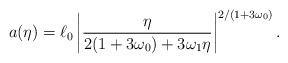
LaTeX: \begin{align*}a(\eta )=\ell _0\left| \frac{\eta }{2(1+3\omega_0)+3\omega _1\eta}\right|^{2/(1+3\omega_0)}.\end{align*}